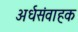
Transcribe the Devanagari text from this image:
अर्धसंवाहक